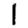
Digit: 1